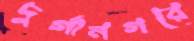
দুর্গানগরে